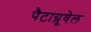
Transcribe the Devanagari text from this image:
पैटाग्रूवेल